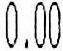
0.00